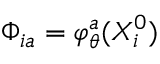
\Phi _ { i a } = \varphi _ { \theta } ^ { a } ( X _ { i } ^ { 0 } )